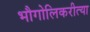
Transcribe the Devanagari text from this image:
भौगोलिकरीत्या